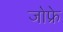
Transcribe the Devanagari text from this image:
जोफ्रे